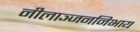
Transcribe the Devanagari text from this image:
नीलाञ्जननिभाय